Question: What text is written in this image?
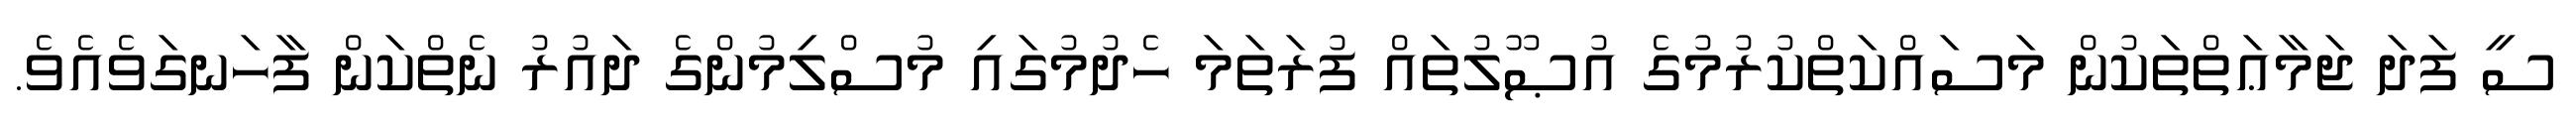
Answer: ސީ ފަދަ ޖަމާޢަތްތަކުން މަސައްކަތްކުރުމުގެ އުޞޫލުތައް ފުރަތަމަ ހެދުމުގައި މުސްލިމުންގެ ދައުރު ނެތްކަން ފާހަނގަވެއެވެ.